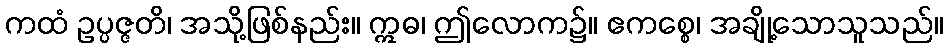
ကထံ ဥပ္ပဇ္ဇတိ၊ အသို့ဖြစ်နည်း။ ဣဓ၊ ဤလောက၌။ ဧကစ္စေ၊ အချို့သောသူသည်။